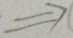
\Rightarrow